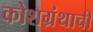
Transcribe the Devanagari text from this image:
कोशग्रंथाची